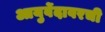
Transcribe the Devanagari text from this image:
आयुर्वेदावरची